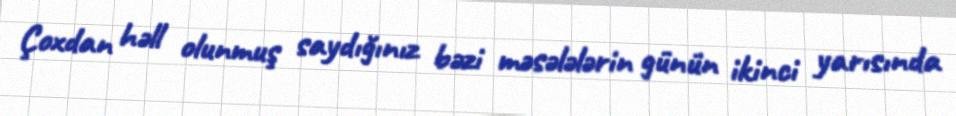
Çoxdan həll olunmuş saydığınız bəzi məsələlərin günün ikinci yarısında